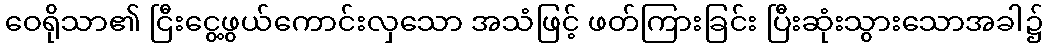
ဝေရိုသာ၏ ငြီးငွေ့ဖွယ်ကောင်းလှသော အသံဖြင့် ဖတ်ကြားခြင်း ပြီးဆုံးသွားသောအခါ၌